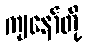
ကျနော်တို့